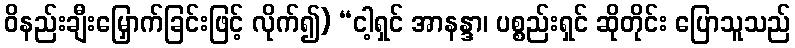
ဝိနည်းချီးမြှောက်ခြင်းဖြင့် လိုက်၍) “ငါ့ရှင် အာနန္ဒာ၊ ပစ္စည်းရှင် ဆိုတိုင်း ပြောသူသည်